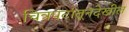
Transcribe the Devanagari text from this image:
चित्रपटांतूनदेखील